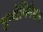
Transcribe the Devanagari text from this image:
इन्सेमिनेशन